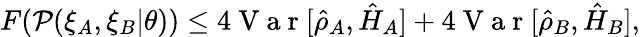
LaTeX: F(\mathcal{P}(\xi_{A},\xi_{B}|\theta))\leq 4\mathrm{~V~a~r~}[\hat{\rho}_{A},\hat{H}_{A}]+4\mathrm{~V~a~r~}[\hat{\rho}_{B},\hat{H}_{B}],